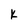
Character: K